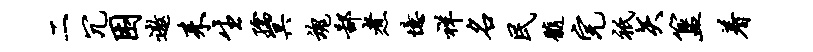
二冗困遨耒生孺冥魂鄙煮忆祥名民髓完只矢簋着